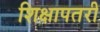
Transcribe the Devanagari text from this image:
शिक्षापतरी